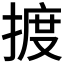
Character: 𢱋